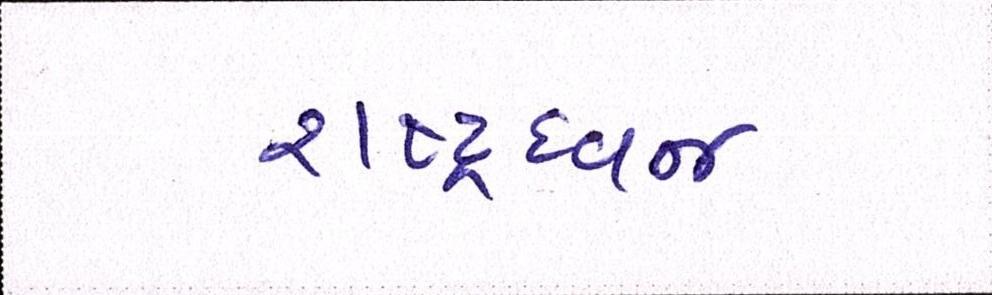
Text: રાષ્ટ્રધ્વજ